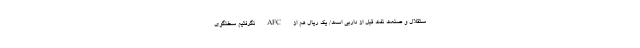
ستقلال و صنعت نفت قبل از داربی است/ یک ریال هم از AFC نگرفتیم سخنگوی